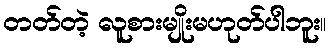
တတ်တဲ့ လူစားမျိုးမဟုတ်ပါဘူး။